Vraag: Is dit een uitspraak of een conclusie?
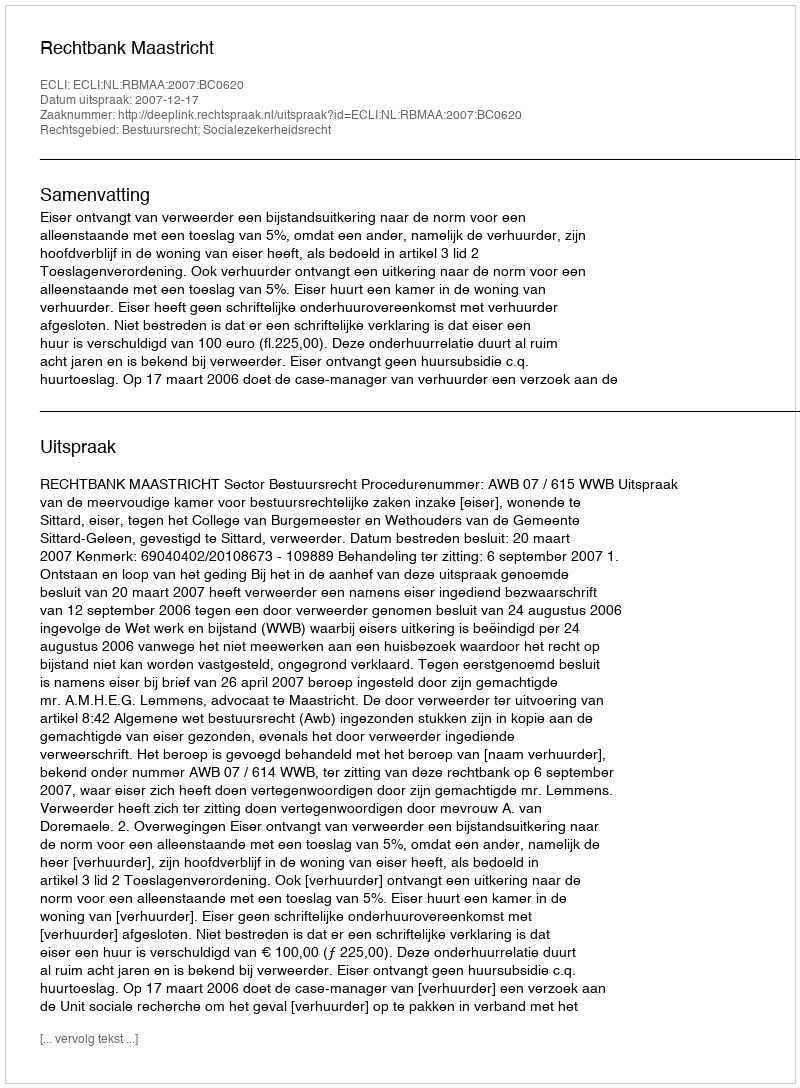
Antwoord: Uitspraak